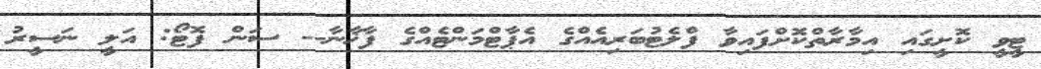
ޓީވީ ކޮށީގައި އިމާރާތްކޮށްފައިވާ ފްލެޓުބަރިއެއްގެ އެޕާޓްމަންޓެއްގެ ފާޚާނާ-- ސަން ފޮޓޯ: އަލީ ނަސީރު